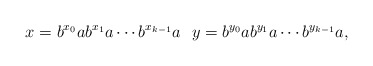
\begin{align*}x=b^{x_0}ab^{x_1}a\cdots b^{x_{k-1}}a\ \ y=b^{y_0}ab^{y_1}a\cdots b^{y_{k-1}}a,\end{align*}